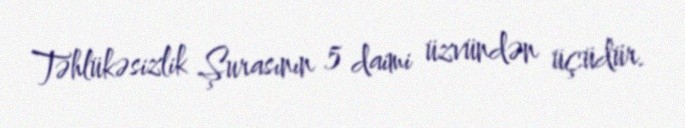
Təhlükəsizlik Şurasının 5 daimi üzvündən üçüdür.